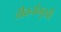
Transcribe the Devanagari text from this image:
जीवनोमुखी